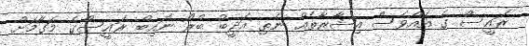
ރައީސް ގެ އެއްވެސް އިޝާރާތެއް ނެތި އަދީބު ބްރޯ ނައިބް ރައީސްގެ މަގާމަށް